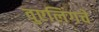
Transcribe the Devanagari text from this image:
वुएलिंगचे